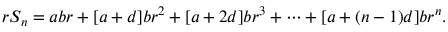
r S _ { n } = a b r + [ a + d ] b r ^ { 2 } + [ a + 2 d ] b r ^ { 3 } + \cdots + [ a + ( n - 1 ) d ] b r ^ { n } .